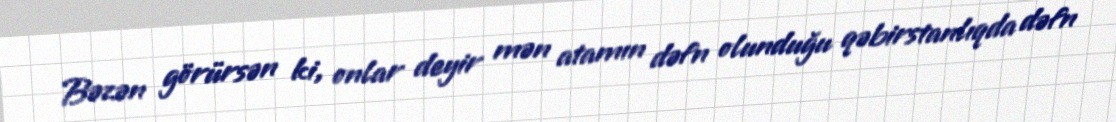
Bəzən görürsən ki, onlar deyir mən atamın dəfn olunduğu qəbirstanlıqda dəfn